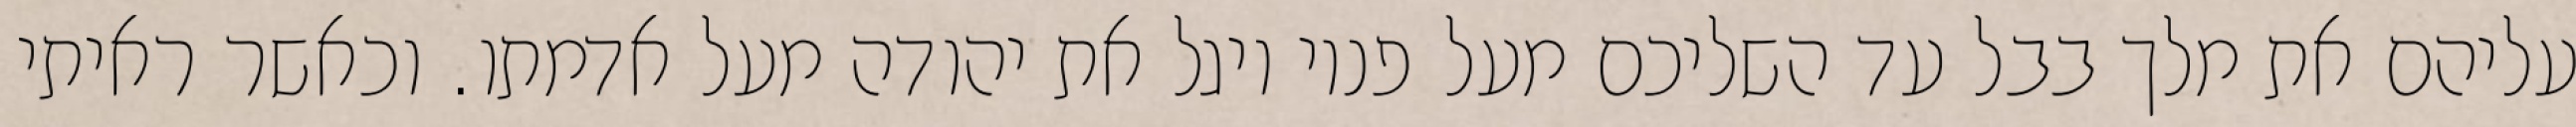
עליהם את מלך בבל עד השליכם מעל פניו ויגל את יהודה מעל אדמתו. וכאשר ראיתי